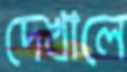
দেখালে